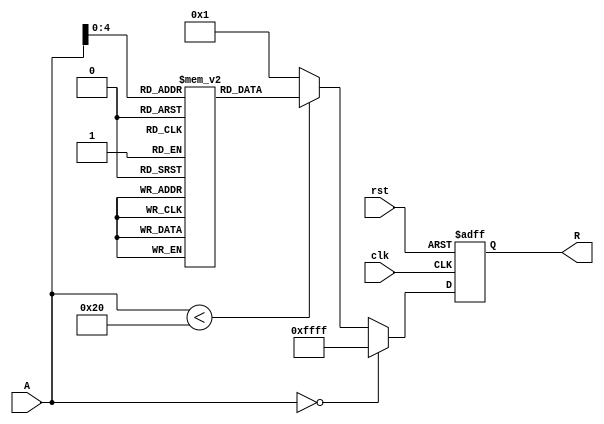
module approx_reciprocal (
    input  wire [15:0] A,       // 16-bit input value
    output reg  [15:0] R,       // 16-bit approximate reciprocal
    input  wire clk,             // Clock signal
    input  wire rst              // Reset signal
);

    // Lookup Table for approximate reciprocals
    reg [15:0] lut [0:31]; // 32 entries for LUT (can be adjusted)

    initial begin
        // Initialize LUT with precomputed reciprocal values (scaled)
        // These values are just examples and should be replaced with actual computed values
        lut[0] = 16'hFFFF; // Approximate reciprocal for A = 0 (undefined, return large number)
        lut[1] = 16'h7FFF; // Approximate reciprocal for A = 1
        lut[2] = 16'h3FFF; // Approximate reciprocal for A = 2
        lut[3] = 16'h2AAA; // Approximate reciprocal for A = 3
        lut[4] = 16'h2000; // Approximate reciprocal for A = 4
        lut[5] = 16'h199A; // Approximate reciprocal for A = 5
        lut[6] = 16'h1555; // Approximate reciprocal for A = 6
        lut[7] = 16'h1333; // Approximate reciprocal for A = 7
        lut[8] = 16'h1111; // Approximate reciprocal for A = 8
        lut[9] = 16'h0F0F; // Approximate reciprocal for A = 9
        lut[10] = 16'h0E38; // Approximate reciprocal for A = 10
        lut[11] = 16'h0D80; // Approximate reciprocal for A = 11
        lut[12] = 16'h0D00; // Approximate reciprocal for A = 12
        lut[13] = 16'h0C40; // Approximate reciprocal for A = 13
        lut[14] = 16'h0B80; // Approximate reciprocal for A = 14
        lut[15] = 16'h0B00; // Approximate reciprocal for A = 15
        lut[16] = 16'h0A40; // Approximate reciprocal for A = 16
        lut[17] = 16'h0A00; // Approximate reciprocal for A = 17
        lut[18] = 16'h09A0; // Approximate reciprocal for A = 18
        lut[19] = 16'h0960; // Approximate reciprocal for A = 19
        lut[20] = 16'h0900; // Approximate reciprocal for A = 20
        lut[21] = 16'h08A0; // Approximate reciprocal for A = 21
        lut[22] = 16'h0840; // Approximate reciprocal for A = 22
        lut[23] = 16'h07F0; // Approximate reciprocal for A = 23
        lut[24] = 16'h07A0; // Approximate reciprocal for A = 24
        lut[25] = 16'h0750; // Approximate reciprocal for A = 25
        lut[26] = 16'h0700; // Approximate reciprocal for A = 26
        lut[27] = 16'h06B0; // Approximate reciprocal for A = 27
        lut[28] = 16'h0660; // Approximate reciprocal for A = 28
        lut[29] = 16'h0610; // Approximate reciprocal for A = 29
        lut[30] = 16'h05C0; // Approximate reciprocal for A = 30
        lut[31] = 16'h0570; // Approximate reciprocal for A = 31
    end

    always @(posedge clk or posedge rst) begin
        if (rst) begin
            R <= 16'h0000; // Reset output
        end else begin
            if (A == 16'h0000) begin
                R <= 16'hFFFF; // Handle division by zero
            end else if (A < 16'h0020) begin
                R <= lut[A[4:0]]; // Use LUT for A in range [1, 31]
            end else begin
                // For A >= 32, use a simple polynomial approximation or a default value
                // Here we use a naive approximation for demonstration
                R <= 16'h0001; // Approximate reciprocal for large values
            end
        end
    end

endmodule